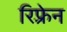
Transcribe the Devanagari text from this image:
रिफ़्रेन